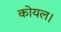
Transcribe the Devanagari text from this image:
कोयल।